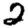
Digit: 2